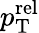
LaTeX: p_{\mathrm{T}}^{\mathrm{rel}}